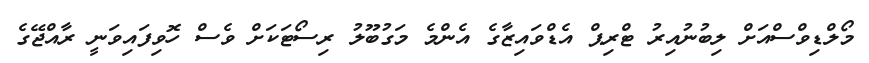
މޯލްޑިވްސްއަށް ލިބުނުއިރު ޓްރިޕް އެޑްވައިޒާގެ އެންމެ މަގުބޫލު ރިސޯޓަކަށް ވެސް ހޮވިފައިވަނީ ރާއްޖޭގެ